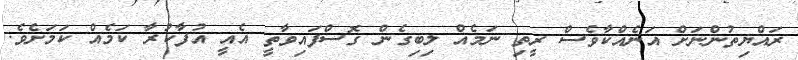
ރައްޔިތުންނަށް އަނެއްކާވެސް ރީތި ނަމެއް ލިބިގެން ގޮސްފައިވާތީ އެއީ އުފާކުރާ ކަމެއް ކަމަށެވެ.